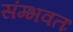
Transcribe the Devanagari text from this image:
संम्भवतः